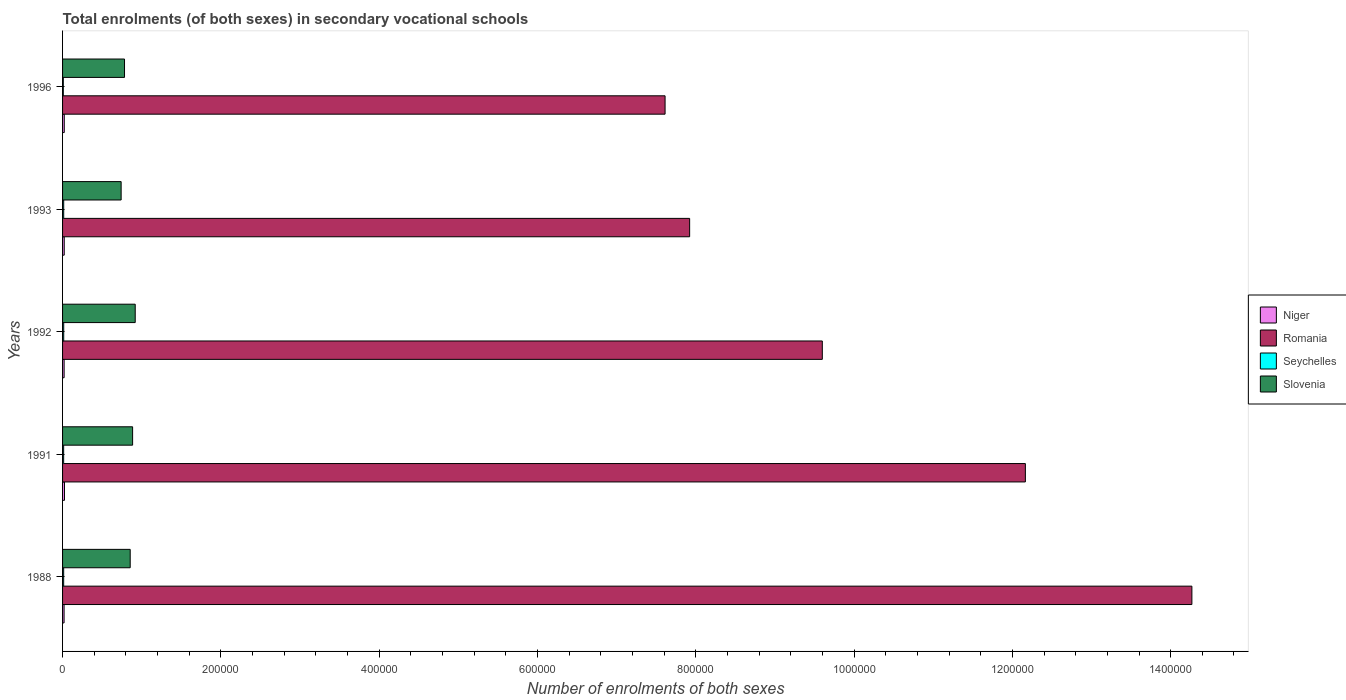
| Years | Niger | Romania | Seychelles | Slovenia |
 | --- | --- | --- | --- | --- |
 | 1988 | 1.92e+03 | 1.43e+06 | 1.40e+03 | 8.54e+04 |
 | 1991 | 2.42e+03 | 1.22e+06 | 1.38e+03 | 8.85e+04 |
 | 1992 | 1.97e+03 | 9.6e+05 | 1.46e+03 | 9.18e+04 |
 | 1993 | 2.11e+03 | 7.92e+05 | 1.43e+03 | 7.4e+04 |
 | 1996 | 2.14e+03 | 7.61e+05 | 948 | 7.83e+04 |